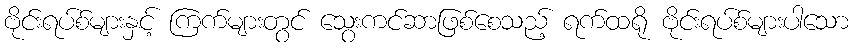
ဗိုင်းရပ်စ်များနှင့် ကြက်များတွင် သွေးကင်ဆာဖြစ်စေသည့် ရက်ထရို ဗိုင်းရပ်စ်များပါသော